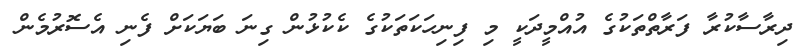
ދިރާސާކުރާ ފަރާތްތަކުގެ އުއްމީދަކީ މި ފިނިހަކަތަކުގެ ކެކުޅުން ގިނަ ބަޔަކަށް ފެނި އެސޮރުމެން